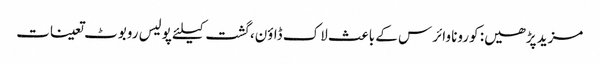
مزید پڑھیں: کورونا وائرس کے باعث لاک ڈاؤن، گشت کیلئے پولیس روبوٹ تعینات